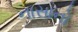
નાસાનો